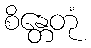
စိန္တေတုံ